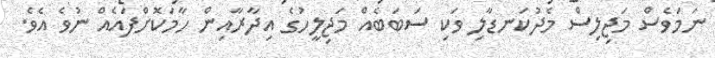
ނަމަވެސް މަޖިލިސް މެދުކަނޑާލި ވަކި ސަބަބެއް މަޖިލީހުގެ އިދާރާއިން ހާމަކޮށްފައެއް ނުވެ އެވެ.